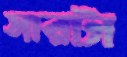
সারটা